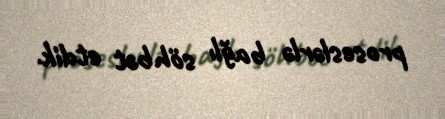
proseslərlə bağlı söhbət etdik.